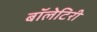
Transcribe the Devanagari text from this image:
बॉलेटिरी